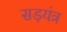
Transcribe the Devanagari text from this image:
सड़यंत्र